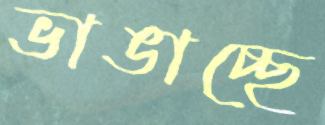
ভাঙাচ্ছে